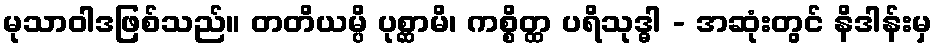
မုသာဝါဒဖြစ်သည်။ တတိယမ္ပိ ပုစ္ဆာမိ၊ ကစ္စိတ္ထ ပရိသုဒ္ဓါ - အဆုံးတွင် နိဒါန်းမှ